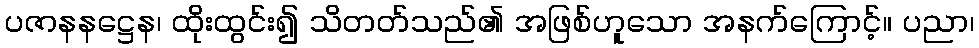
ပဇာနနဋ္ဌေန၊ ထိုးထွင်း၍ သိတတ်သည်၏ အဖြစ်ဟူသော အနက်ကြောင့်။ ပညာ၊